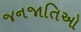
જનજાતિઓ